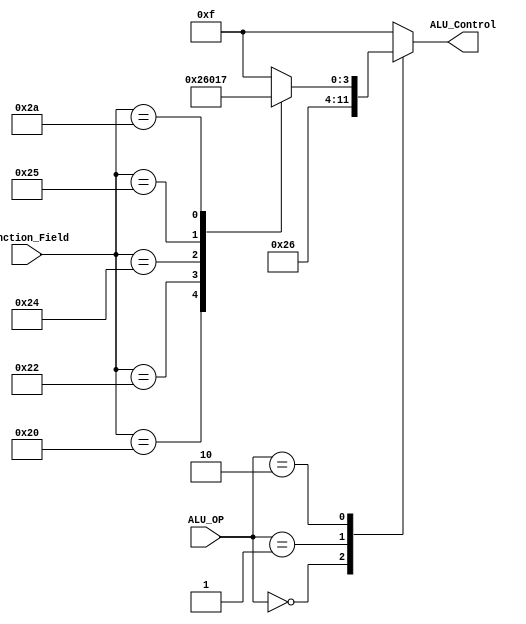
`timescale 1ns / 1ps

module ALU_Control( ALU_Control, ALU_OP, Function_Field ) ; 

	output reg [3:0]ALU_Control ; 
	input [1:0] ALU_OP ;
	input [5:0] Function_Field ; 

	always @(ALU_OP or Function_Field) begin
		case(ALU_OP)
			2'b00 :       // sw/lw(add)
				ALU_Control = 4'b0010 ;
			2'b01 :  // branch(subtract)
				ALU_Control = 4'b0110 ;
			2'b10 :	begin //R-type
				case(Function_Field) 
					6'b100000 : // add
						ALU_Control = 4'b0010 ; 
					6'b100010 : // subtract
						ALU_Control = 4'b0110 ; 
					6'b100100 : // AND
						ALU_Control = 4'b0000 ; 
					6'b100101 : // OR
						ALU_Control = 4'b0001 ; 
					6'b101010 : // set on less than
						ALU_Control = 4'b0111 ;
					default :	//error
						ALU_Control = 4'b1111 ; 
				endcase
			end
			default : // error
				ALU_Control = 4'b1111 ; 
		endcase
	end
endmodule